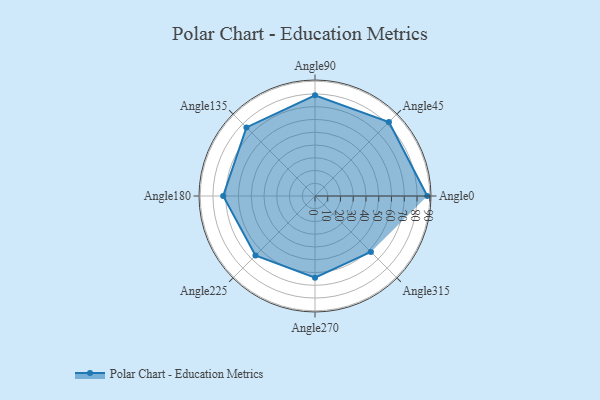
{"axis": {"x": "Angle", "y": "Radius"}, "legend": [""], "data": [{"x": "Angle0", "y": 88.0, "type": ""}, {"x": "Angle45", "y": 82.0, "type": ""}, {"x": "Angle90", "y": 79.0, "type": ""}, {"x": "Angle135", "y": 76.0, "type": ""}, {"x": "Angle180", "y": 72.0, "type": ""}, {"x": "Angle225", "y": 66.0, "type": ""}, {"x": "Angle270", "y": 64.0, "type": ""}, {"x": "Angle315", "y": 62.0, "type": ""}]}